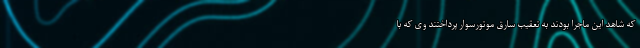
که شاهد این ماجرا بودند به تعقیب سارق موتورسوار پرداختند وی که با